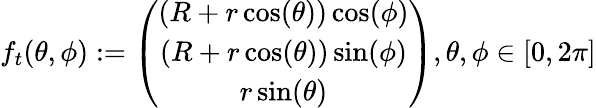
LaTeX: f_{t}(\theta,\phi):=\left(\begin{array}{c}{\left(R+r\cos(\theta)\right)\cos(\phi)}\\ {\left(R+r\cos(\theta)\right)\sin(\phi)}\\ {r\sin(\theta)}\end{array}\right),\theta,\phi\in[0,2\pi]